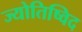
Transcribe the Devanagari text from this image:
ज्योतिष्विद